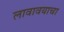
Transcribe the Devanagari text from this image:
लावावयाचा